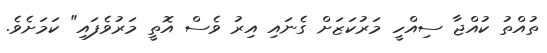
ތުއްތު ކުއްޖާ ސިއްހީ މަރުކަޒަށް ގެނައި އިރު ވެސް އޮތީ މަރުވެފައި" ކަމަށެވެ.